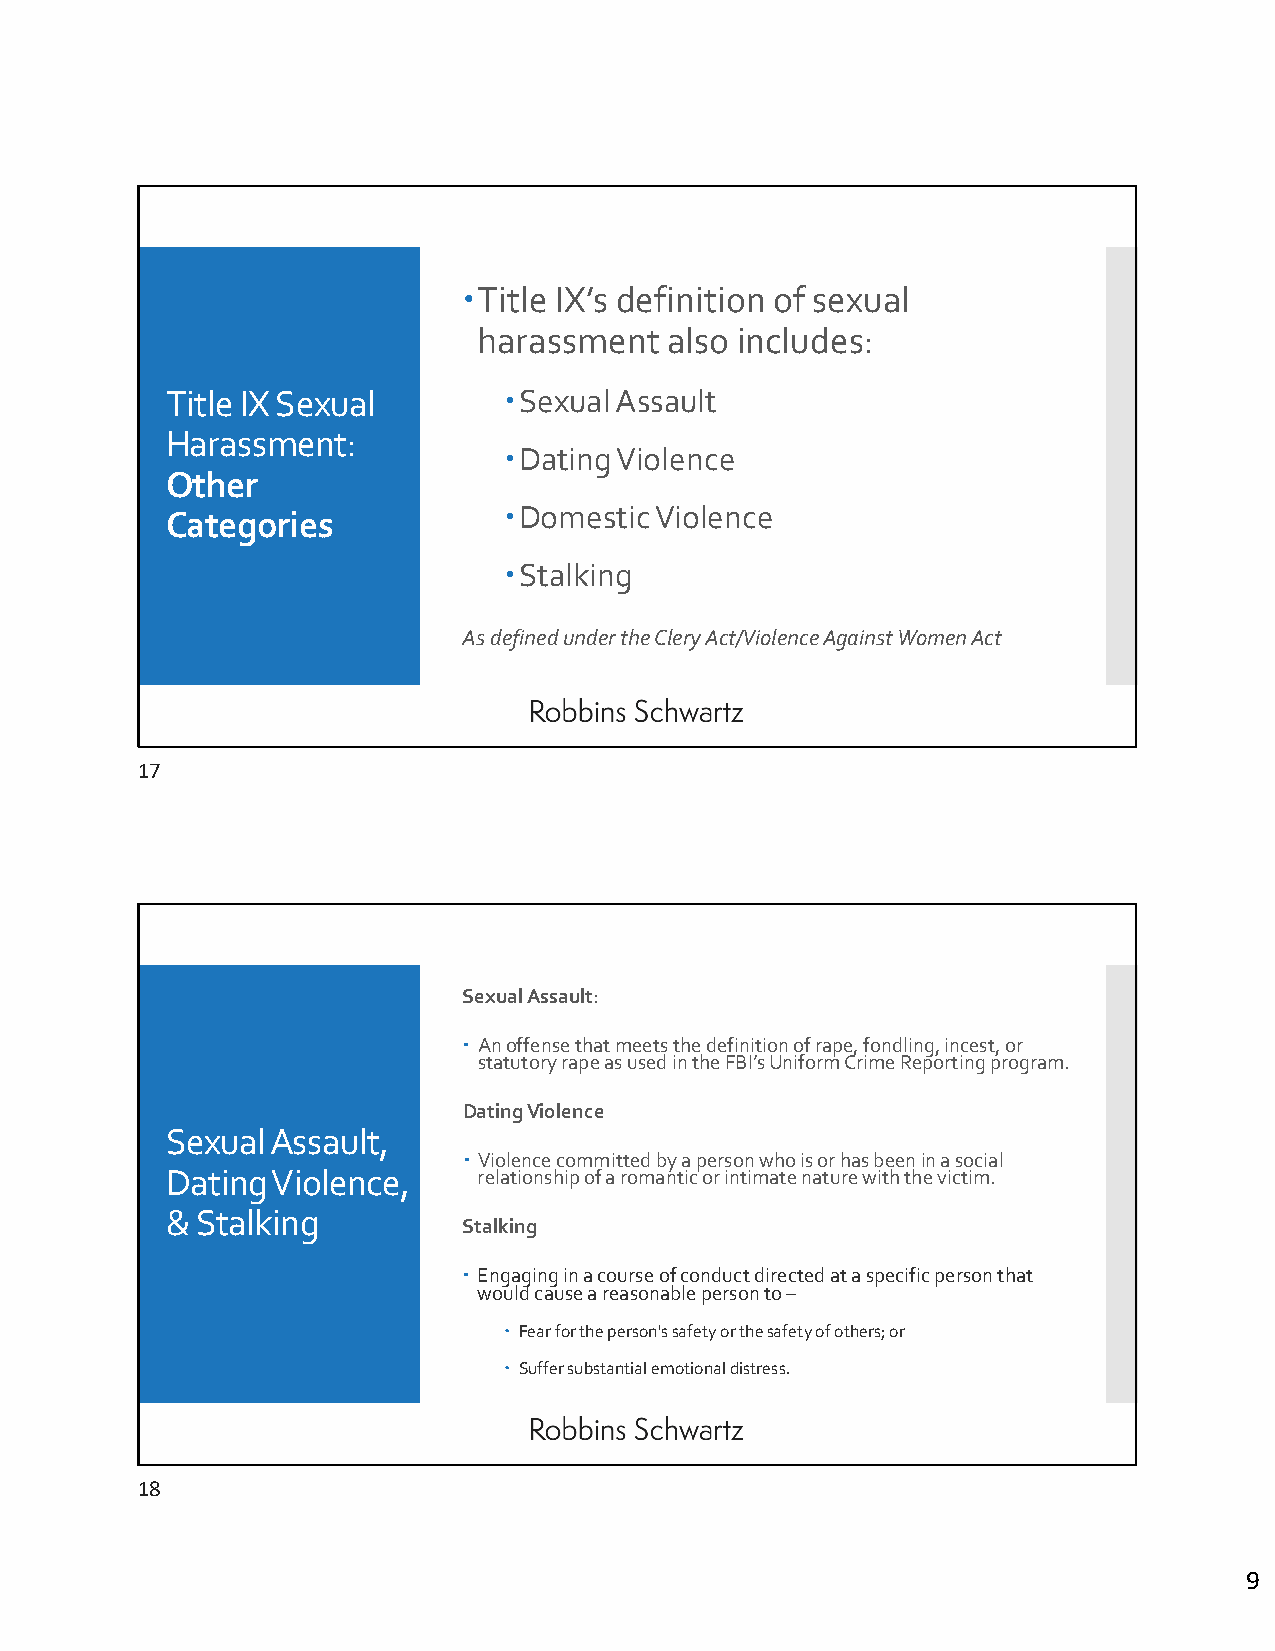
Title IX’s definition of sexual
 harassment  also includes:
 Title IX Sexual       Sexual Assault
 Harassment:
 Dating Violence
 Other
 Domestic Violence
 Categories
 Stalking
 As defined under the CleryAct/Violence Against Women Act
 17
 Sexual Assault:
  An offense that meets the definition of rape, fondling, incest, or
 statutory rape as used in the FBI’s Uniform Crime Reporting program.
 Dating Violence
 Sexual Assault,
  Violence committed by a person who is or has been in a social
 Dating Violence,     relationship of a romantic or intimate nature with the victim.
 & Stalking
 Stalking
  Engaging in a course of conduct directed at a specific person that
 would cause a reasonable person to –
  Fear for the person's safety or the safety of others; or
  Suffer substantial emotional distress.
 18
 9